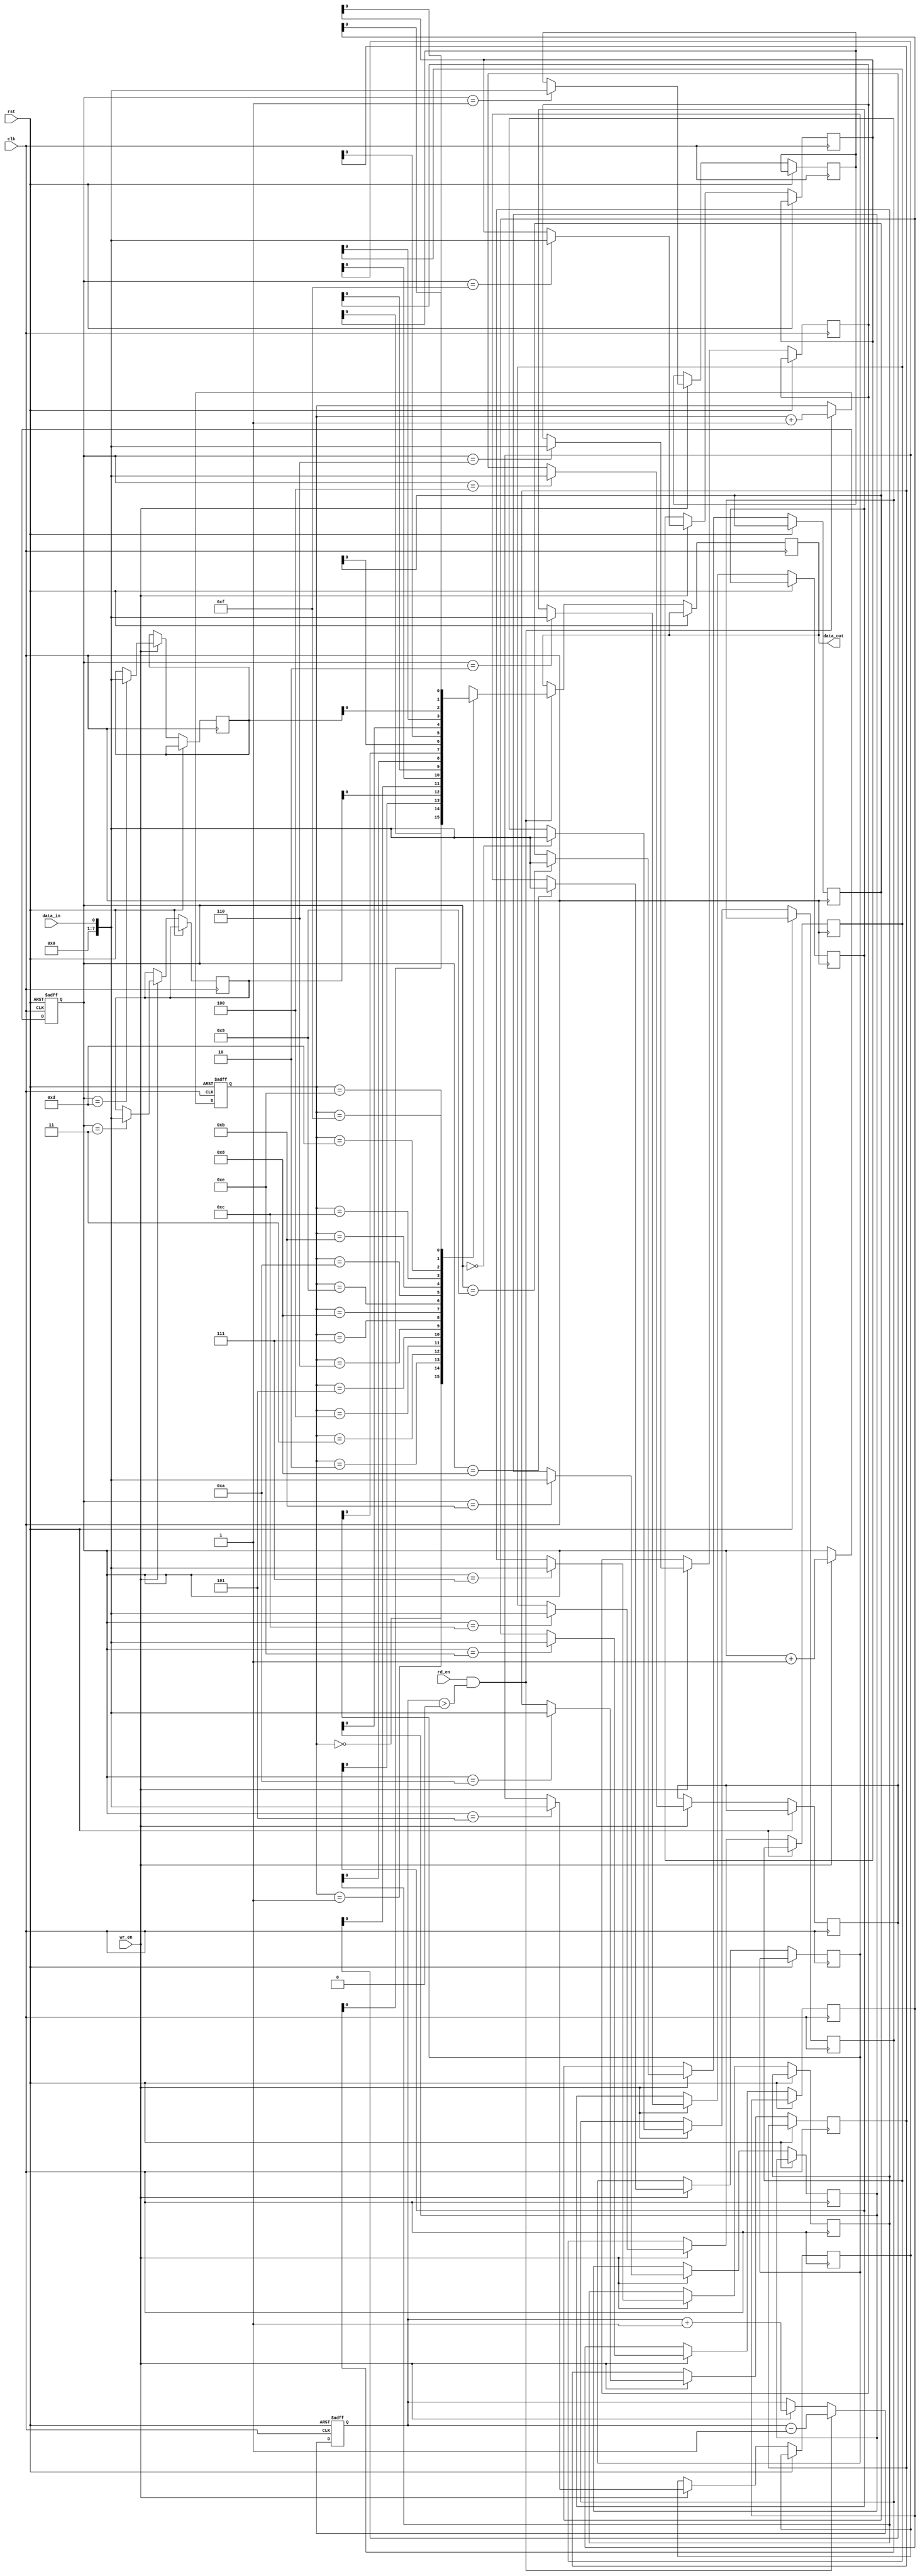
module fifo_buffer (
    input wire clk,
    input wire rst,
    input wire data_in,
    input wire wr_en,
    input wire rd_en,
    output reg data_out
);

reg [7:0] buffer [0:15];
reg [3:0] wr_ptr = 0;
reg [3:0] rd_ptr = 0;
reg [3:0] fill_level = 0;

always @(posedge clk or posedge rst) begin
    if (rst) begin
        wr_ptr <= 0;
        rd_ptr <= 0;
        fill_level <= 0;
    end else begin
        if (wr_en) begin
            buffer[wr_ptr] <= data_in;
            wr_ptr <= wr_ptr + 1;
            fill_level <= fill_level + 1;
        end
        if (rd_en && fill_level > 0) begin
            data_out <= buffer[rd_ptr];
            rd_ptr <= rd_ptr + 1;
            fill_level <= fill_level - 1;
        end
    end
end

endmodule